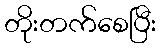
တိုးတက်စေပြီး